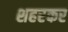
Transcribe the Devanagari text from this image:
शहरकर